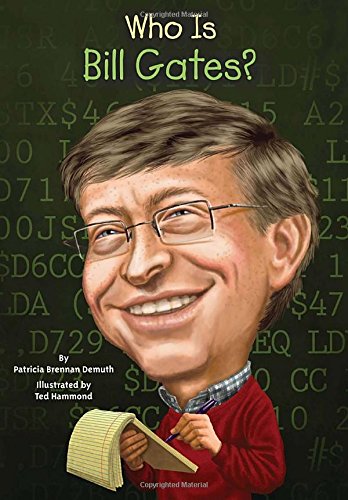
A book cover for Who Is Bill Gates? (Who Was...?); Patricia Brennan Demuth; Children's Books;